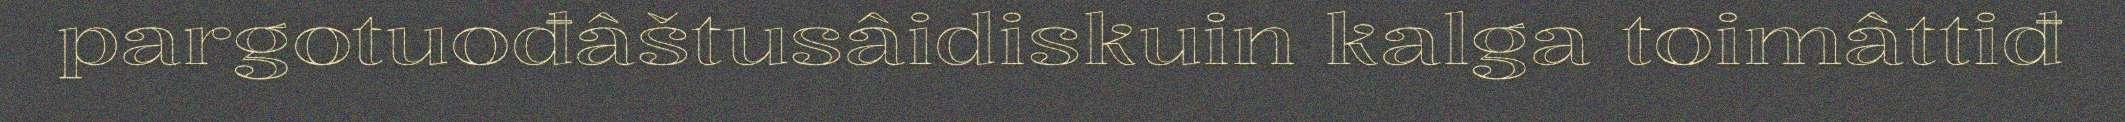
pargotuođâštusâidiskuin kalga toimâttiđ